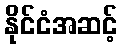
နိုင်ငံအဆင့်